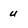
Character: u